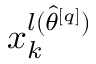
x _ { k } ^ { l ( \hat { \theta } ^ { [ q ] } ) }